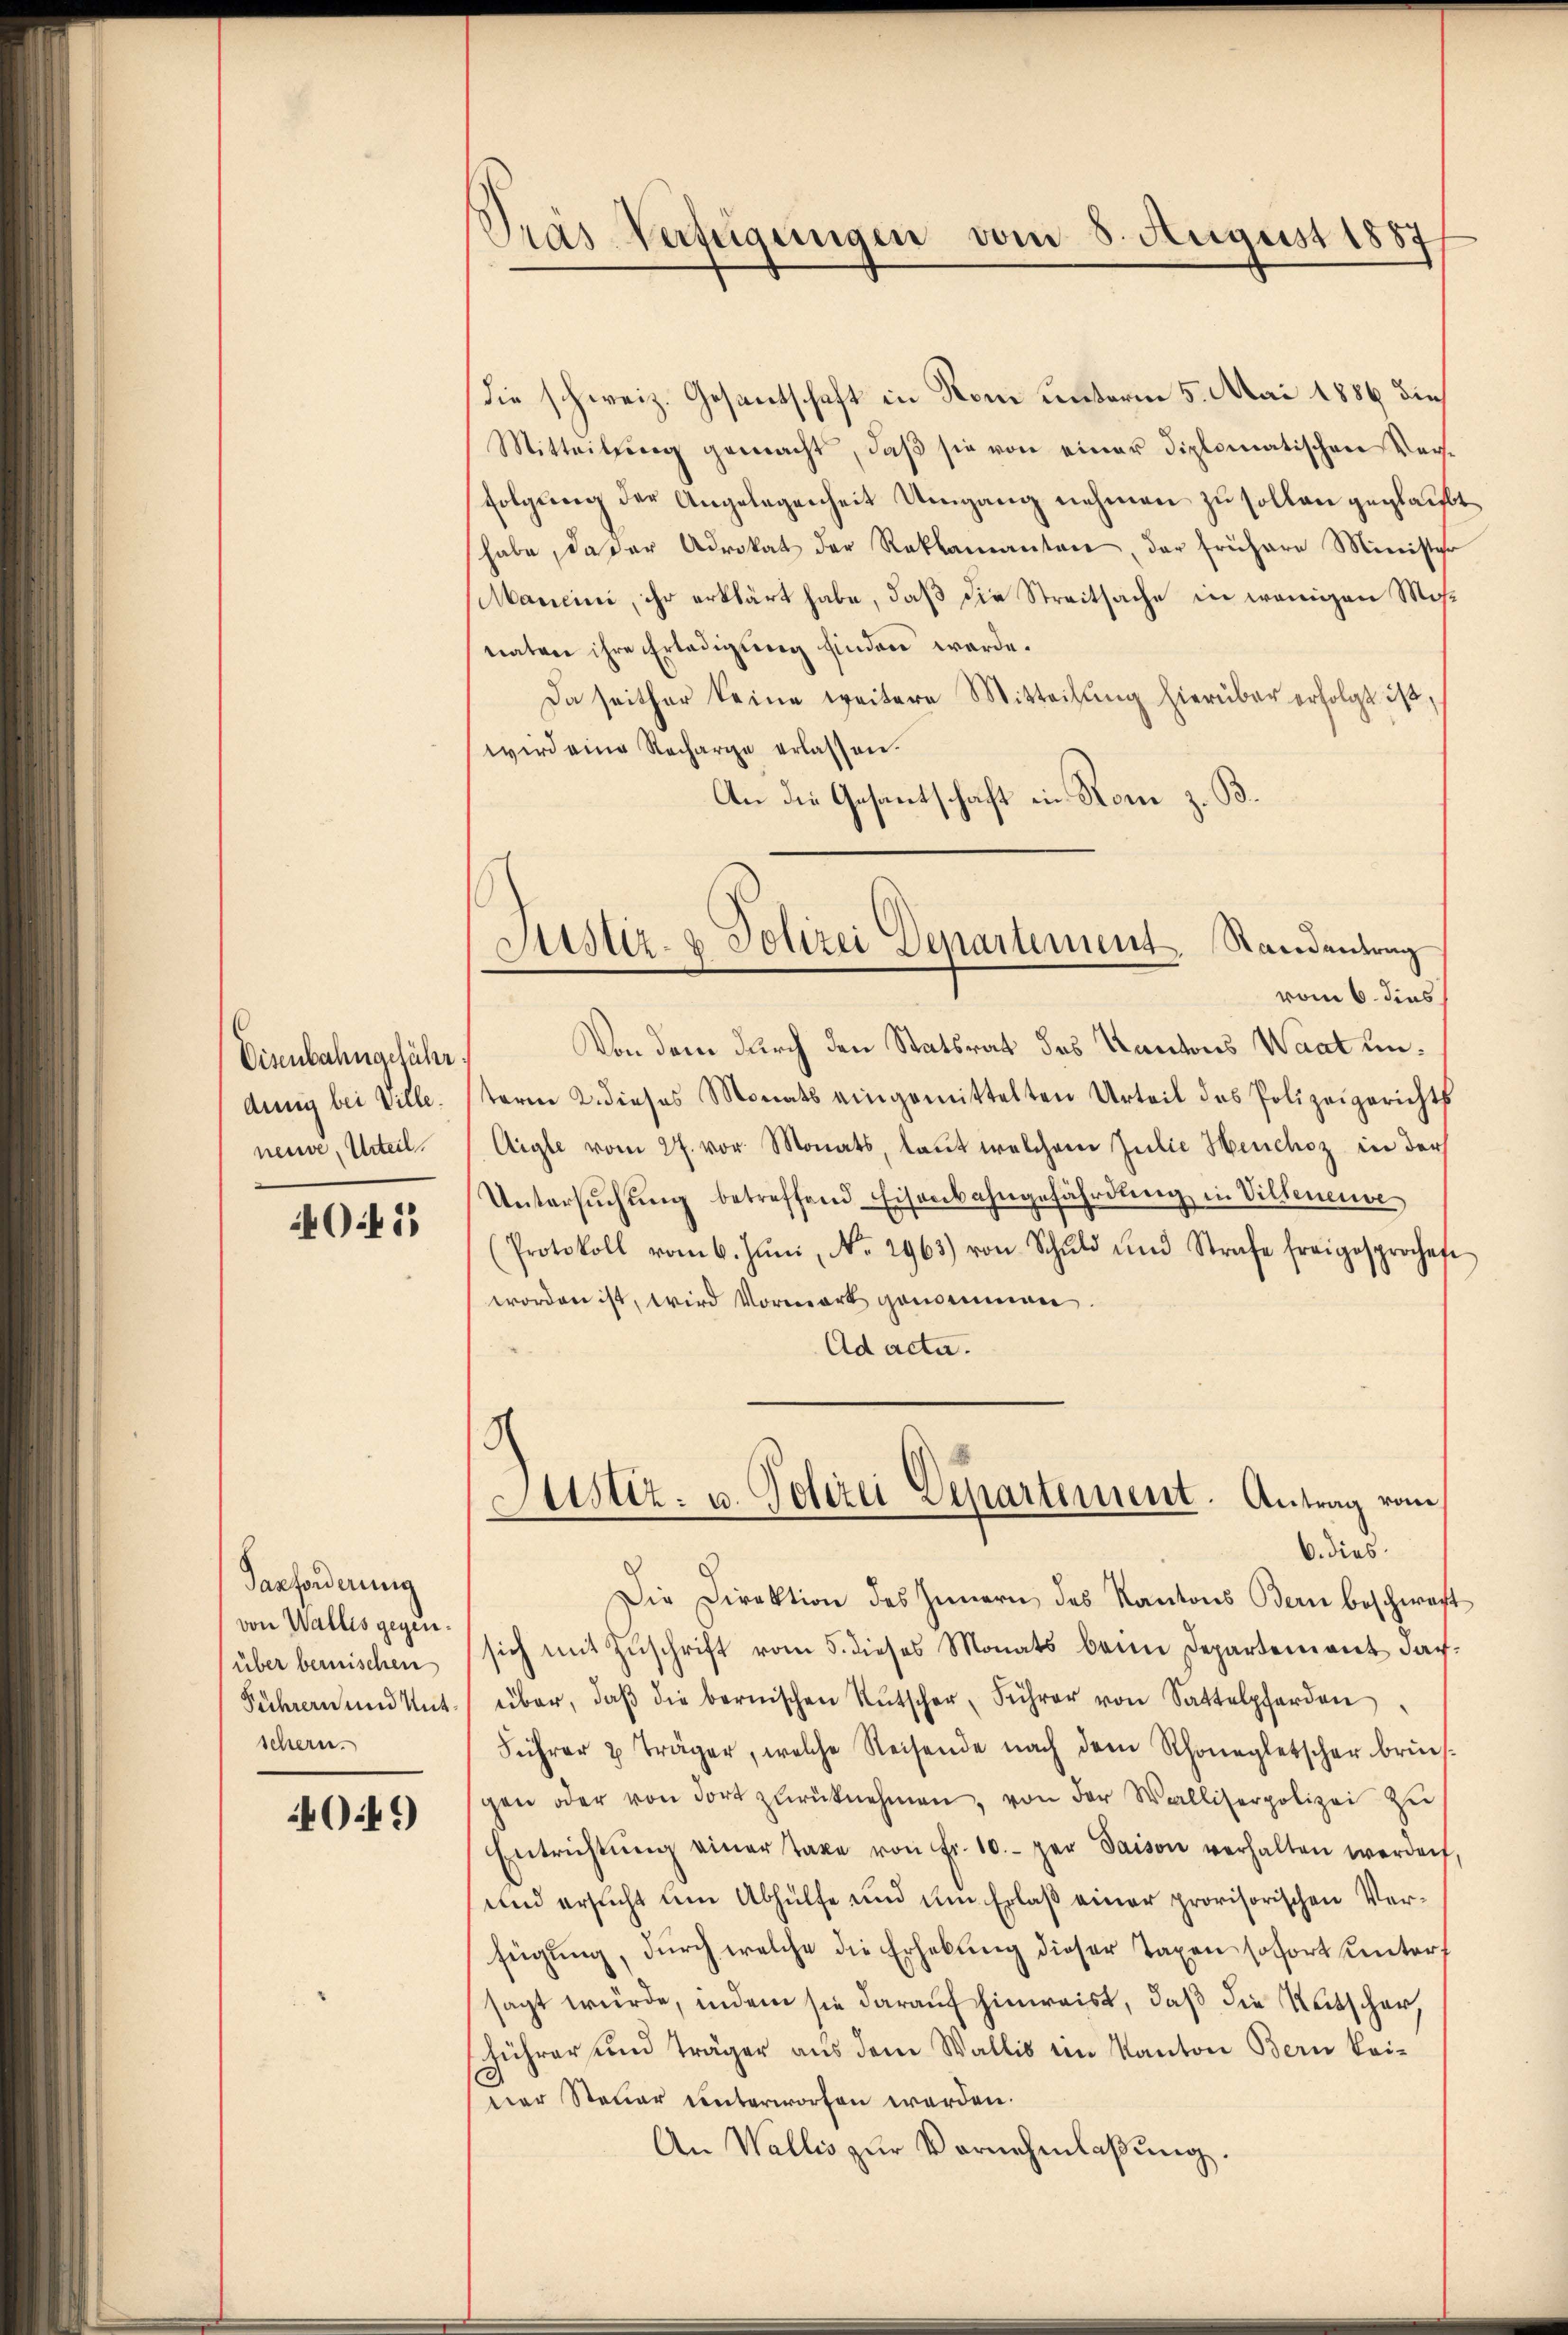
Disenbahngeführ
ding bei Ville.
neuve, Urteil.

40.45

Tarforderung
von Wallis gegen.
über bernischen
Führern und Unt
schern.

4049

Pras Verfügungen vom 8. August 1887

Die schweiz. Gesantschaft in Rom unterm 5. Mai 1886 die
Mitteilung gemacht, daβ sie von einer diplomatischen Verfolgung der Angelegenheit Umgang nehmen zu sollen geglaub
habe, da der Advokat der Reklamanten, der frühere Minister
Mancini, ihr erklärt habe, daß die Streitsache in wenigen Mosnaten ihre Erledigung finden werde.
Da seither keine weitere Mitteilŭng hierüber erfolgt ist,
wird eine Recharge erlassen.
An die Gesantschaft in Rom z. B.
vom 6. dies
Von dem durch den Statsrat des Kantons Waat unterm 2. dieses Monats eingemittelten Urteil des Polizeigerichts
Aigle vom 27. vor Monats, laut welchem Julie Heuchez in der
Untersŭchŭng betreffend Eisenbahngefährdung in Villeneuve
(Protokoll vom 6. Jŭni, No. 2963) von Schuld und Strafe freigesprochete
worden ist, wird Vormerk genommen
Ad acta.
c
Justiz- u. Polizei Departement. Antrag vom
b. dies
Die Direktion des Innern des Kantons Bern beschwert
sich mit Zuschrift vom 5. dieses Monats beim Departement darüber, daβ die bernischen Rŭtscher, Führer von Sattelpferden
Führer & Träger, welche Reisende nach dem Schönegletscher bruch-
gen oder von dort zŭrücknehmen, von der Walliserpolizei zu
Entrichtŭng einer Taxe von Fr. 10. per Saison verhalten werden,
und ersucht um Abhülfe und um Erlaß einer provisorischen Verfügung, durch welche die Erhebung dieser Taxen sofort unters
sagt würde, indem sie darauf hinweist, daß die Rutscher,
sführer und Träger aus dem Wallis im Kanton Bern kei-
ner Steuer unterworfen werden.
An Wallis zŭr Vornehmlaßung.

Sistiz- & Polizei Departement. Standentrag